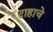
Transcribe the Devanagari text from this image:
दाहाचे